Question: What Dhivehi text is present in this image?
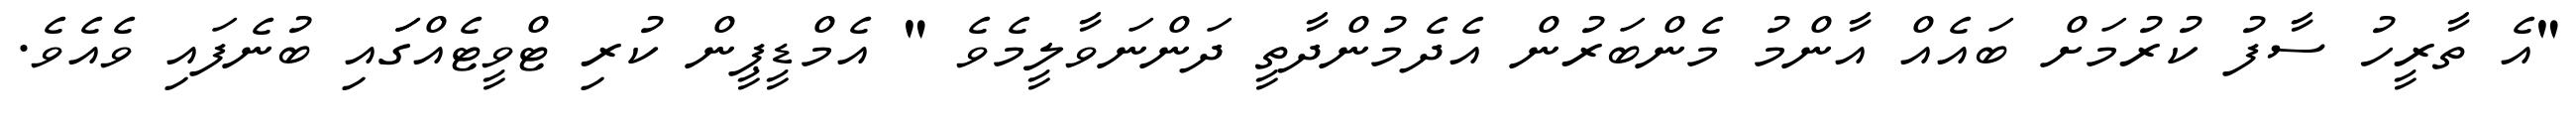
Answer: "އެ ތާރީހު ސާފު ކުރުމަށް ބައެއް އާންމު މެންބަރުން އެދެމުންދާތީ ދަންނަވާލީމެވެ " އެމްޑީޕީން ކުރި ޓްވީޓެއްގަައި ބުނެފައި ވެއެވެ.